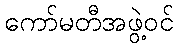
ကော်မတီအဖွဲ့ဝင်